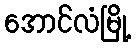
အောင်လံမြို့